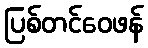
ပြစ်တင်ဝေဖန်